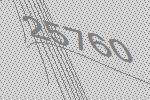
25760